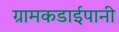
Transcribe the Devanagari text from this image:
ग्रामकडाईपानी